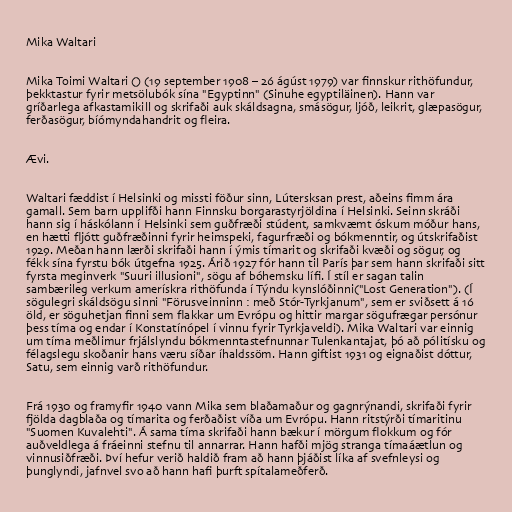
Mika Waltari

Mika Toimi Waltari () (19 september 1908 – 26 ágúst 1979) var finnskur rithöfundur,
þekktastur fyrir metsölubók sína "Egyptinn" (Sinuhe egyptiläinen). Hann var
gríðarlega afkastamikill og skrifaði auk skáldsagna, smásögur, ljóð, leikrit, glæpasögur,
ferðasögur, bíómyndahandrit og fleira.

Ævi.

Waltari fæddist í Helsinki og missti föður sinn, Lútersksan prest, aðeins fimm ára
gamall. Sem barn upplifði hann Finnsku borgarastyrjöldina í Helsinki. Seinn skráði
hann sig í háskólann í Helsinki sem guðfræði stúdent, samkvæmt óskum móður hans,
en hætti fljótt guðfræðinni fyrir heimspeki, fagurfræði og bókmenntir, og útskrifaðist
1929. Meðan hann lærði skrifaði hann í ýmis tímarit og skrifaði kvæði og sögur, og
fékk sína fyrstu bók útgefna 1925. Árið 1927 fór hann til París þar sem hann skrifaði sitt
fyrsta meginverk "Suuri illusioni", sögu af bóhemsku lífi. Í stíl er sagan talin
sambærileg verkum amerískra rithöfunda í Týndu kynslóðinni("Lost Generation"). (Í
sögulegri skáldsögu sinni "Förusveinninn : með Stór-Tyrkjanum", sem er sviðsett á 16
öld, er söguhetjan finni sem flakkar um Evrópu og hittir margar sögufrægar persónur
þess tíma og endar í Konstatínópel í vinnu fyrir Tyrkjaveldi). Mika Waltari var einnig
um tíma meðlimur frjálslyndu bókmenntastefnunnar Tulenkantajat, þó að pólitísku og
félagslegu skoðanir hans væru síðar íhaldssöm. Hann giftist 1931 og eignaðist dóttur,
Satu, sem einnig varð rithöfundur.

Frá 1930 og framyfir 1940 vann Mika sem blaðamaður og gagnrýnandi, skrifaði fyrir
fjölda dagblaða og tímarita og ferðaðist víða um Evrópu. Hann ritstýrði tímaritinu
"Suomen Kuvalehti". Á sama tíma skrifaði hann bækur í mörgum flokkum og fór
auðveldlega á fráeinni stefnu til annarrar. Hann hafði mjög stranga tímaáætlun og
vinnusiðfræði. Því hefur verið haldið fram að hann þjáðist líka af svefnleysi og
þunglyndi, jafnvel svo að hann hafi þurft spítalameðferð.